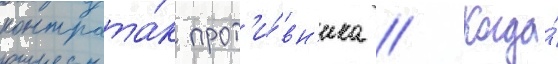
контрата́к прот'и́вн'ика // Когда́